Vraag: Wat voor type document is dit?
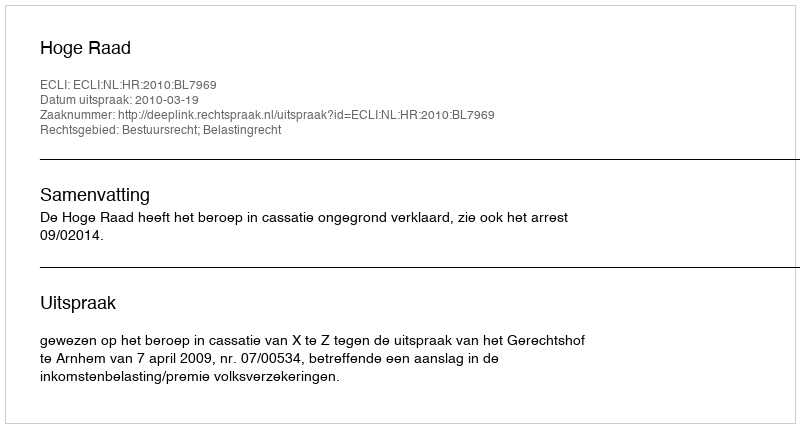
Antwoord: Uitspraak